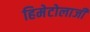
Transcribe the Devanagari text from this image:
हिमेटोलाजी